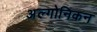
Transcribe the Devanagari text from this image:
अल्गोनिकन